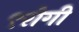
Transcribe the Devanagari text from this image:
९रोगी